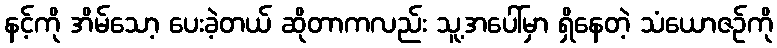
နင့်ကို အိမ်သော့ ပေးခဲ့တယ် ဆိုတာကလည်း သူ့အပေါ်မှာ ရှိနေတဲ့ သံယောဇဉ်ကို